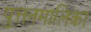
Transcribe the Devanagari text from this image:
पुत्तनमालिका